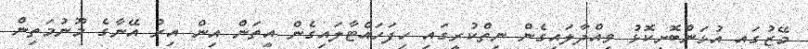
މޭޒުގައި އުޅަންބޮށިކޮޅު ވިއްދާލައިގެން ނިތްކުރީގައި ހިފަހައްޓާލައިގެން އީތަން އިން އިރު އޭނާގެ މޫނުމަތިން